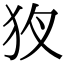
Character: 𤝇